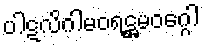
ပါဋလိဂါမဝရဋ္ဌမဝဂ္ဂေါ